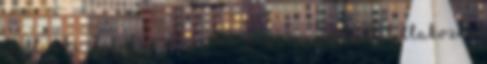
elıtt, aki ilyenkor még csak meg sem próbált tiltakozni